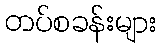
တပ်စခန်းများ